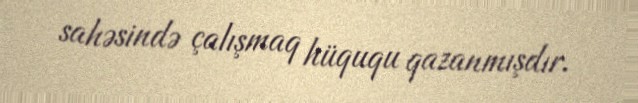
sahəsində çalışmaq hüququ qazanmışdır.